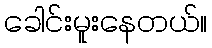
ခေါင်းမူးနေတယ်။